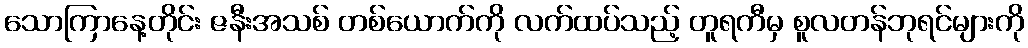
သောကြာနေ့တိုင်း ဇနီးအသစ် တစ်ယောက်ကို လက်ထပ်သည့် တူရကီမှ စူလတန်ဘုရင်များကို